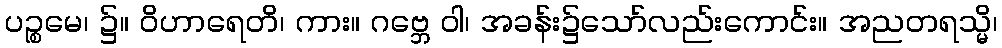
ပဉ္စမေ၊ ၌။ ဝိဟာရေတိ၊ ကား။ ဂဗ္ဘေ ဝါ၊ အခန်း၌သော်လည်းကောင်း။ အညတရသ္မိ၊